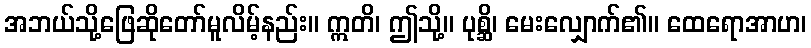
အဘယ်သို့ဖြေဆိုတော်မူလိမ့်နည်း။ ဣတိ၊ ဤသို့။ ပုစ္ဆိ၊ မေးလျှောက်၏။ ထေရောအာဟ၊